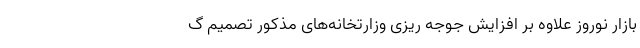
بازار نوروز علاوه بر افزایش جوجه ریزی وزارتخانه‌های مذکور تصمیم گ